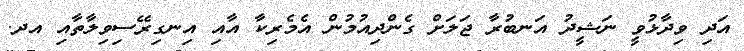
އަދި ވިދާޅުވީ ނަޝީދު އަނބުރާ ޖަލަށް ގެންދިއުމުން އެމެރިކާ އާއި އިނގިރޭސިވިލާތާއި އދ.